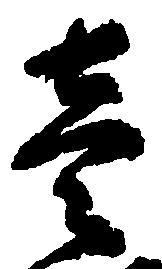
壱